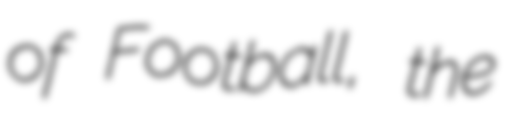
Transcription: of Football, the